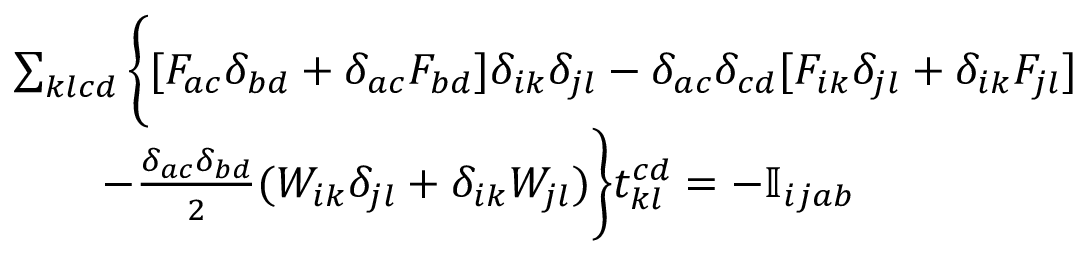
\begin{array} { r l } & { \sum _ { k l c d } \bigg \{ [ F _ { a c } \delta _ { b d } + \delta _ { a c } F _ { b d } ] \delta _ { i k } \delta _ { j l } - \delta _ { a c } \delta _ { c d } [ F _ { i k } \delta _ { j l } + \delta _ { i k } F _ { j l } ] } \\ & { \qquad - \frac { \delta _ { a c } \delta _ { b d } } { 2 } ( W _ { i k } \delta _ { j l } + \delta _ { i k } W _ { j l } ) \bigg \} t _ { k l } ^ { c d } = - \mathbb { I } _ { i j a b } } \end{array}